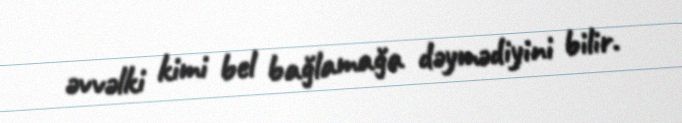
əvvəlki kimi bel bağlamağa dəymədiyini bilir.